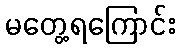
မတွေ့ရကြောင်း